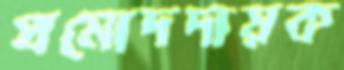
প্রমোদদায়ক